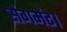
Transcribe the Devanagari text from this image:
सेगमेंट।